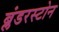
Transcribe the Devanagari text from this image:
ब्लंडरस्टोन